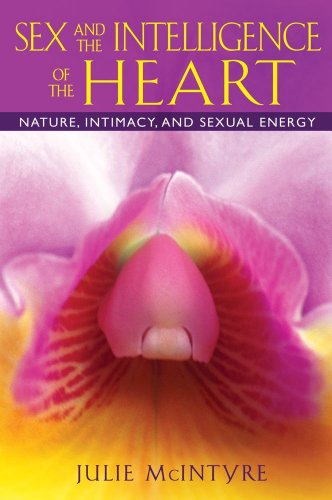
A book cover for Sex and the Intelligence of the Heart: Nature, Intimacy, and Sexual Energy; Julie McIntyre; Religion & Spirituality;